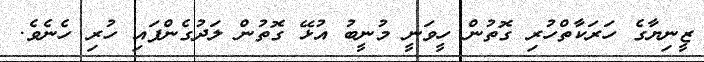
ޒީނިޔާގެ ހަރަކާތްހުރި ގޮތުން ހީވަނީ މުނީބު އުޅޭ ގޮތުން ލަދުގެންފައި ހުރި ހެނެވެ.